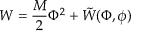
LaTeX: W = \frac { M } { 2 } \Phi ^ { 2 } + \tilde { W } ( \Phi , \phi )